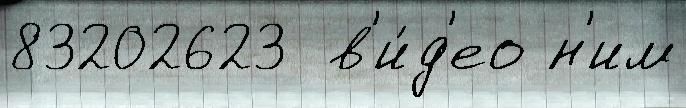
83202623  в'и́д'ео н'им